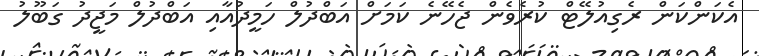
އެކަންކަން ރެގިއުލޭޓް ކުރެވެން ޖެހޭނެ ކަމަށް އަބްދުލް ހަމީދުއާއި އަބްދުލް މަޖީދު ގަބޫލު